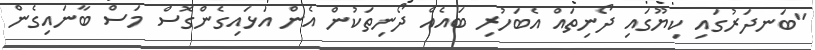
"ބަނދަރުގައި ކިޔޫގައި ދޯނިތައް އެބަހުރި ބައެއް ދޯނިތަކުން އެން އަޅައިގެންގޮސް މަސް ބާނައިގެން